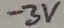
Text: -3V